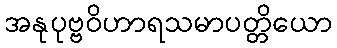
အနုပုဗ္ဗဝိဟာရသမာပတ္တိယော